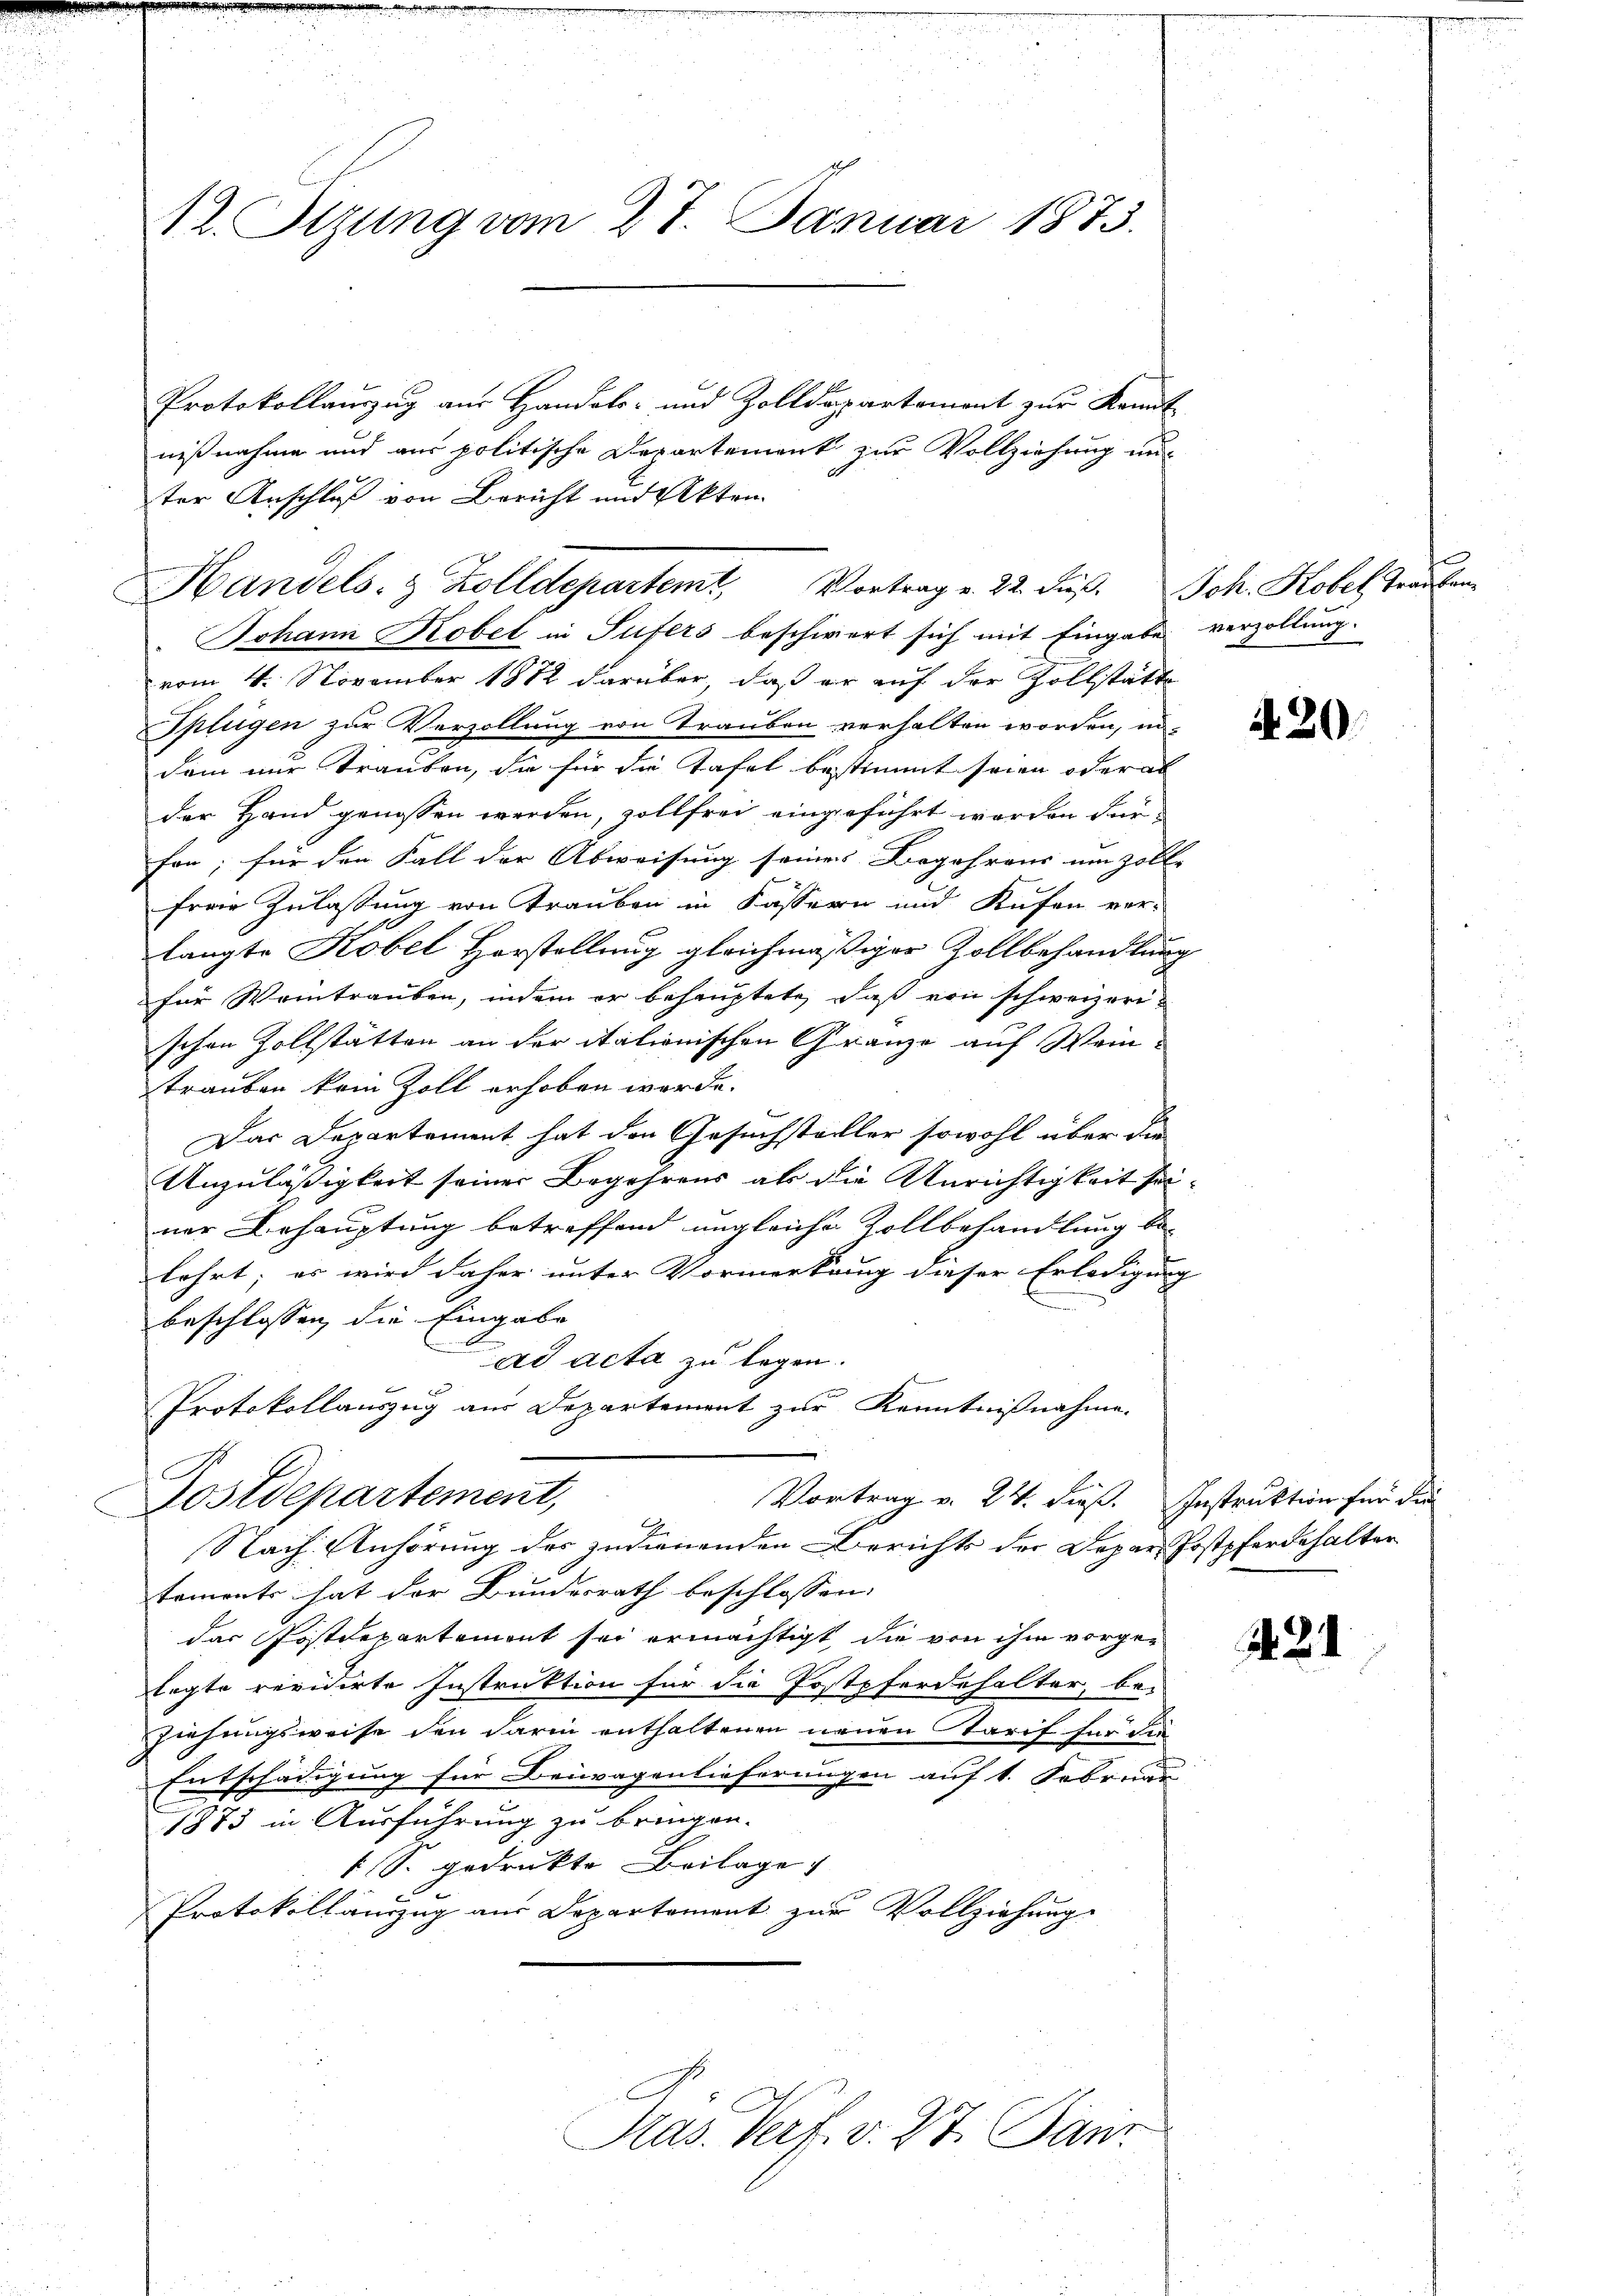
12. Stzung vom 27. Januar 1873.

Protokollauszug aus Handels- und Zolldepartement zur Kannt
nißnahme und aus politische Departement zur Vollziehung un-
ter Anschluß von Bericht und Akten.

" Johann Kobel in Sufers beschwert sich mit Eingabe verzollung.
vom 4. November 1872 darüber, daß er auf der Zollstätte
Splügen zur Verzollung von Trauben verhalten worden, in
dem nur Trauben, die für die Tafel bestimmt seien oder al
der Hand genossen werden, sollfrei eingeführt werden für
fen; für den Fall der Abweisung seiner Begehrens um zolle
ferie Zulassung von Trauben in Kassern und Kufen ver-
langte Kobel Horstellung gleichmäßiger Zollbehandlung
für Weintrauben, indem er behauptete, daß von schweizerischen Zollstätten an der itationischen Gränze auf Weintrauben kein Zoll erhoben werde.
Das Departement hat den Gesuchstaller sowohl über die
Anzuläßigkeit seiner Begehrens als die Anrichtigkeit seiner Behauptung betreffend ungleiche Zollbehandlung be-
lehrt; es wird daher unter Vormerkung dieser Erledigung |
beschlossen, die Eingabe
ad acta zu legen.
Protokollauszug aus Departement zur Kenntnißnahme.
C
Postdepartement,
Vortrag v. 24. dieß. Instruktion für die
Nach Anhörung des zudienenden Berichts der Depar Postpferdehalter
tements hat der Bundesrath beschlossen:
das Postdepartement sei ermächtigt, die von ihm vorgelegte revidirte Instruktion für die Postpferdehalter, be-
Ziehungsweise den darin enthaltenen neuen Tarif für die
Entschädigung für Beiwagenlieferungen auf 1. Februar
1873 in Ausführung zu bringen.
1 S. gedrukte Beilage
Protokollanzug aus Departement zur Vollziehung

Handels- & Zolldepartemt Vortrag v. 22. dieß. Joh. Kobel Trauben

Kas. Verf. v. 27. Jan

420

1421